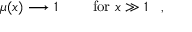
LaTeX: { \begin{array} { r l r } { \mu ( x ) \longrightarrow 1 } & { { } } & { { \mathrm { ~ f o r ~ } } x \gg 1 } \end{array} } ~ ,